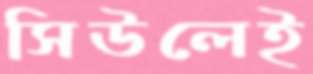
সিউলেই